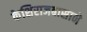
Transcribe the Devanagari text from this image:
केशिराजबासाने